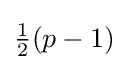
{\tfrac {1}{2}}(p-1)